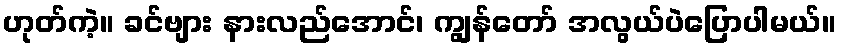
ဟုတ်ကဲ့။ ခင်ဗျား နားလည်အောင်၊ ကျွန်တော် အလွယ်ပဲပြောပါမယ်။